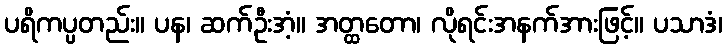
ပရိကပ္ပတည်း။ ပန၊ ဆက်ဦးအံ့။ အတ္ထတော၊ လိုရင်းအနက်အားဖြင့်။ ပသာဒံ၊